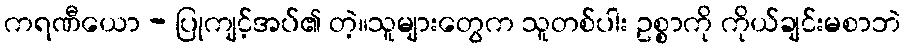
ကရဏီယော - ပြုကျင့်အပ်၏ တဲ့။သူများတွေက သူတစ်ပါး ဥစ္စာကို ကိုယ်ချင်းမစာဘဲ